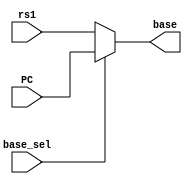
`timescale 1ns / 1ps
//////////////////////////////////////////////////////////////////////////////////
// Company: 
// Engineer: 
// 
// Design Name: 
// Module Name: mux_BRANCH
// Project Name: 
// Target Devices: 
// Tool Versions: 
// Description: 
// 
// Dependencies: 
// 
// Revision:
// Revision 0.01 - File Created
// Additional Comments:
// 
//////////////////////////////////////////////////////////////////////////////////


module mux_BRANCH(
input base_sel,
input [31:0] PC, rs1,

output [31:0] base
    );
    //JAL jumps from PC address, and JALR jumps from rs1
    
    reg [31:0] brancher;
    assign base = brancher;
    always @(*) begin
        brancher = (base_sel == 1) ? PC: rs1;
    end
endmodule